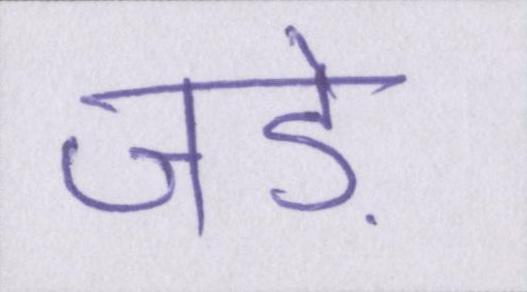
जड़ें